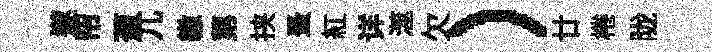
𨗹帘葱兀繳苐挟蚤紅详澨欠）廿棬陇